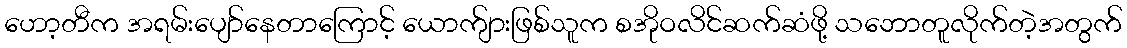
ဟော့တီက အရမ်းပျော်နေတာကြောင့် ယောက်ျားဖြစ်သူက စအိုဝလိင်ဆက်ဆံဖို့ သဘောတူလိုက်တဲ့အတွက်